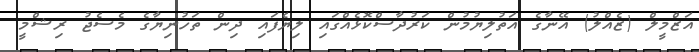
އަޒްމީލް (ޒެއްލު) އޭނާގެ އަތުލިޔުމުން ކަރުދާސްކޮޅެއްގައި ލިޔެފައި ދިން ތަހުނިޔާގެ މެސެޖު ރިޝްމީ